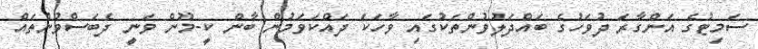
ސަމިޓުގެ އަންގާރަ ދުވަހުގެ ބައްދަލުވުންތަކުގައި ވާހަކަ ދައްކަވަމުން ބާން ކީ-މޫން ވަނީ ދެބަސްވުންތައް